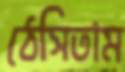
ঠেসিতাম